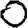
Digit: 0